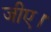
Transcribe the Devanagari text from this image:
जीए।